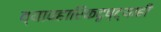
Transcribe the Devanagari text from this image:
व्यावहारिकदृष्ट्याही